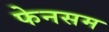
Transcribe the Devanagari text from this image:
फेनसम